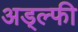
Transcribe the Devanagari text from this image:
अड्ल्फी